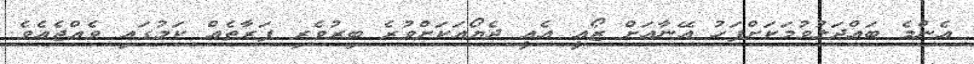
އެންމެ ބައްދަލުވުމަކަށްފަހު އޭނާއަށް ޒޯއީ އެއީ ދެޔޯއަކަށްވުރެ ބިރުވެރި ފަރާތެއް ކަމުގައި ވެއްޖެއެވެ.